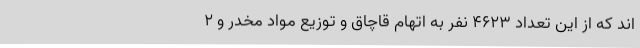
اند که از این تعداد ۴۶۲۳ نفر به اتهام قاچاق و توزیع مواد مخدر و ۲